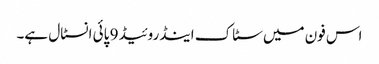
اس فون میں سٹاک اینڈروئیڈ 9 پائی انسٹال ہے۔